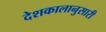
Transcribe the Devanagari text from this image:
देशकालानुसारी